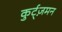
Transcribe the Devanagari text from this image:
कुर्ट्ज़मन